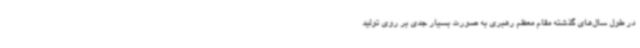
در طول سال‌های گذشته مقام معظم رهبری به صورت بسیار جدی بر روی تولید